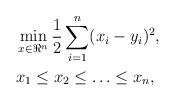
LaTeX: \begin{align*}\begin{aligned}&\min_{x \in \Re^n} \frac{1}{2} \sum_{i=1}^n (x_i - y_i)^2, \\& x_{1} \le x_{2}\le \ldots \le x_{n},\end{aligned}\end{align*}